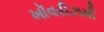
ખૉવરીઝમી